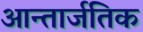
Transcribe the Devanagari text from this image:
आन्तार्जतिक